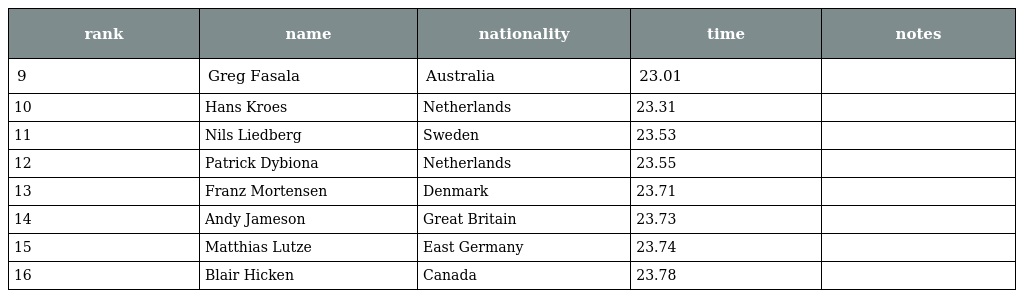
| rank | name | nationality | time | notes |
 | --- | --- | --- | --- | --- |
 | 9 | Greg Fasala | Australia | 23.01 |  |
 | 10 | Hans Kroes | Netherlands | 23.31 |  |
 | 11 | Nils Liedberg | Sweden | 23.53 |  |
 | 12 | Patrick Dybiona | Netherlands | 23.55 |  |
 | 13 | Franz Mortensen | Denmark | 23.71 |  |
 | 14 | Andy Jameson | Great Britain | 23.73 |  |
 | 15 | Matthias Lutze | East Germany | 23.74 |  |
 | 16 | Blair Hicken | Canada | 23.78 |  |